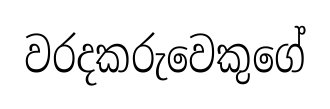
වරදකරුවෙකුගේ